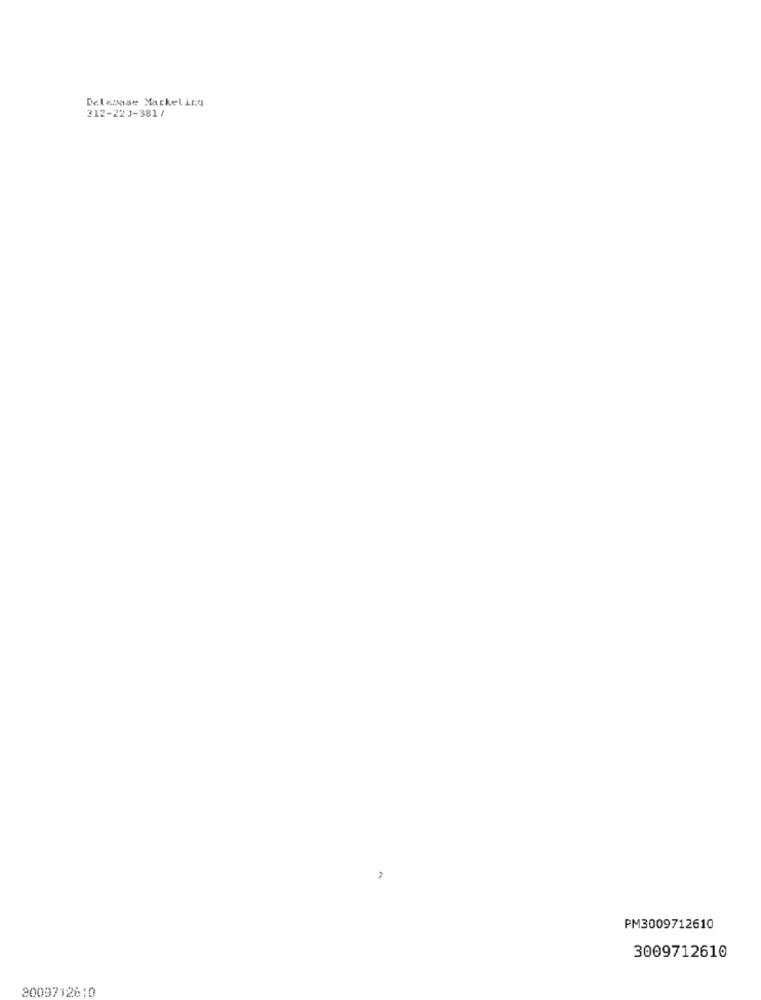
Delepase Marketing
312-223-381/
PM3009712610
3009712610
3009712810